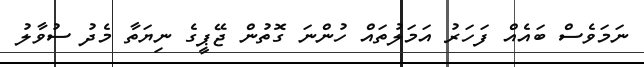
ނަމަވެސް ބައެއް ފަހަރު އަމަލުތައް ހުންނަ ގޮތުން ޖޭޕީގެ ނިޔަތާ މެދު ސުވާލު